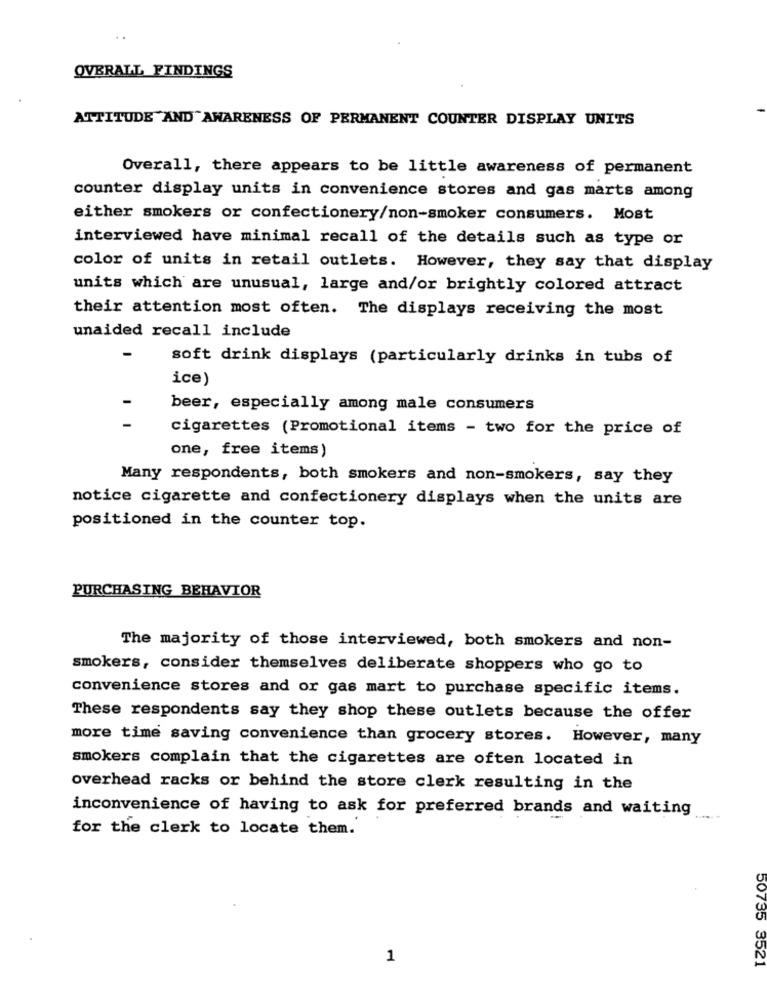
OVERALL FINDINGS
ATTITUDE AND AWARENESS OF PERMANENT COUNTER DISPLAY UNITS
Overall, there appears to be little awareness of permanent
counter display units in convenience stores and gas marts among
either smokers or confectionery/non-smoker consumers. Most
interviewed have minimal recall of the details such as type or
color of units in retail outlets. However, they say that display
units which are unusual, large and/or brightly colored attract
their attention most often. The displays receiving the most
unaided recall include
soft drink displays (particularly drinks in tubs of
ice)
beer, especially among male consumers
cigarettes (Promotional items - two for the price of
one, free items)
Many respondents, both smokers and non-smokers, say they
notice cigarette and confectionery displays when the units are
positioned in the counter top.
PURCHASING BEHAVIOR
The majority of those interviewed, both smokers and non-
smokers, consider themselves deliberate shoppers who go to
convenience stores and or gas mart to purchase specific items.
These respondents say they shop these outlets because the offer
more time saving convenience than grocery stores. However, many
smokers complain that the cigarettes are often located in
overhead racks or behind the store clerk resulting in the
inconvenience of having to ask for preferred brands and waiting
for the clerk to locate them.
1
50735 3521